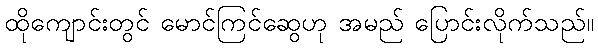
ထိုကျောင်းတွင် မောင်ကြင်ဆွေဟု အမည် ပြောင်းလိုက်သည်။